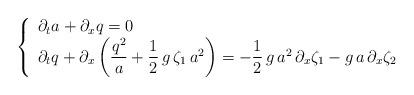
LaTeX: \begin{align*} \left\{ \begin{array}{l} \partial_t a + \partial_x q = 0 \\ \partial_t q + \partial_x \left( \dfrac{q^2}{a} + \dfrac12 \, g \, \zeta_1 \, a^2\right) = -\dfrac12 \, g\, a^2 \, \partial_x \zeta_1 - g \, a \, \partial_x \zeta_2 \end{array} \right.\end{align*}